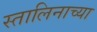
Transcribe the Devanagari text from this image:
स्तालिनाच्या